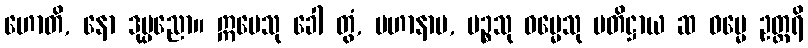
ဟောတိ, နော ဒုပ္ပညော။ ဣမေသု ခေါ တွံ, မဟာနာမ, ပဉ္စသု ဓမ္မေသု ပတိဋ္ဌာယ ဆ ဓမ္မေ ဥတ္တရိ